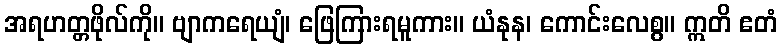
အရဟတ္တဖိုလ်ကို။ ဗျာကရေယျံ၊ ဖြေကြားရမူကား။ ယံနုန၊ ကောင်းလေစွ။ ဣတိ ဧတံ